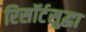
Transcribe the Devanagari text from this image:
रिसॉर्टसुद्धा